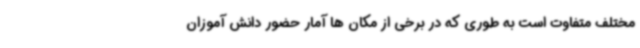
مختلف متفاوت است به طوری که در برخی از مکان ها آمار حضور دانش آموزان